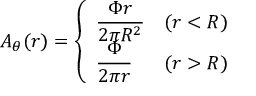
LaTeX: A _ { \theta } ( r ) = \left\{ \begin{array} { l l } { { \displaystyle \frac { \Phi r } { 2 \pi R ^ { 2 } } } } & { { ( r < R ) } } \\ { { \displaystyle \frac { \Phi } { 2 \pi r } } } & { { ( r > R ) } } \end{array} \right.